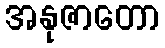
အနုဇာတော